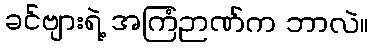
ခင်ဗျားရဲ့ အကြံဉာဏ်က ဘာလဲ။